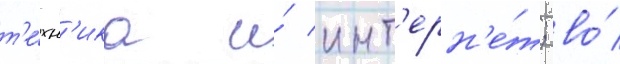
т'е́хн'ика и́ инт'ерн'е́т; во́